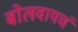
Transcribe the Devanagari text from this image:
बोलवायचं